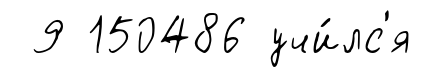
9 150486 учи́лс'я